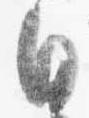
日